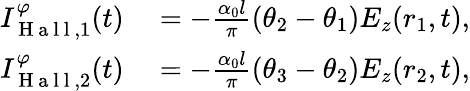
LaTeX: \begin{array}{rl}{I_{\mathrm{~H~a~l~l~},1}^{\varphi}(t)}&{{}=-\frac{\alpha_{0}l}{\pi}(\theta_{2}-\theta_{1})E_{z}(r_{1},t),}\\ {I_{\mathrm{~H~a~l~l~},2}^{\varphi}(t)}&{{}=-\frac{\alpha_{0}l}{\pi}(\theta_{3}-\theta_{2})E_{z}(r_{2},t),}\end{array}